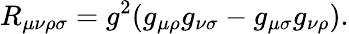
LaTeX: R_{\mu\nu\rho\sigma}=g^{2}(g_{\mu\rho}g_{\nu\sigma}-g_{\mu\sigma}g_{\nu\rho}).